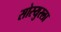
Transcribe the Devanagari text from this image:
सोस्युरला